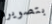
بتصويره